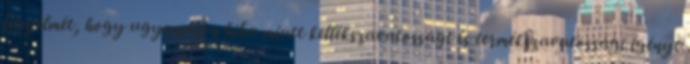
figyelmét, hogy ugyanazon hiba miatt kellékszavatossági és termékszavatossági igényt